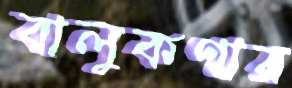
বালুকণার